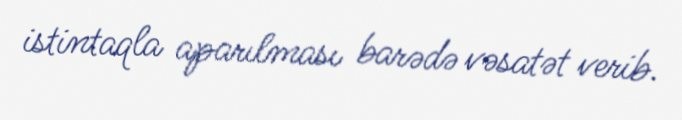
istintaqla aparılması barədə vəsatət verib.